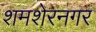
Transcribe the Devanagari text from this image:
शमशेरनगर